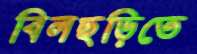
বিলছড়িতে